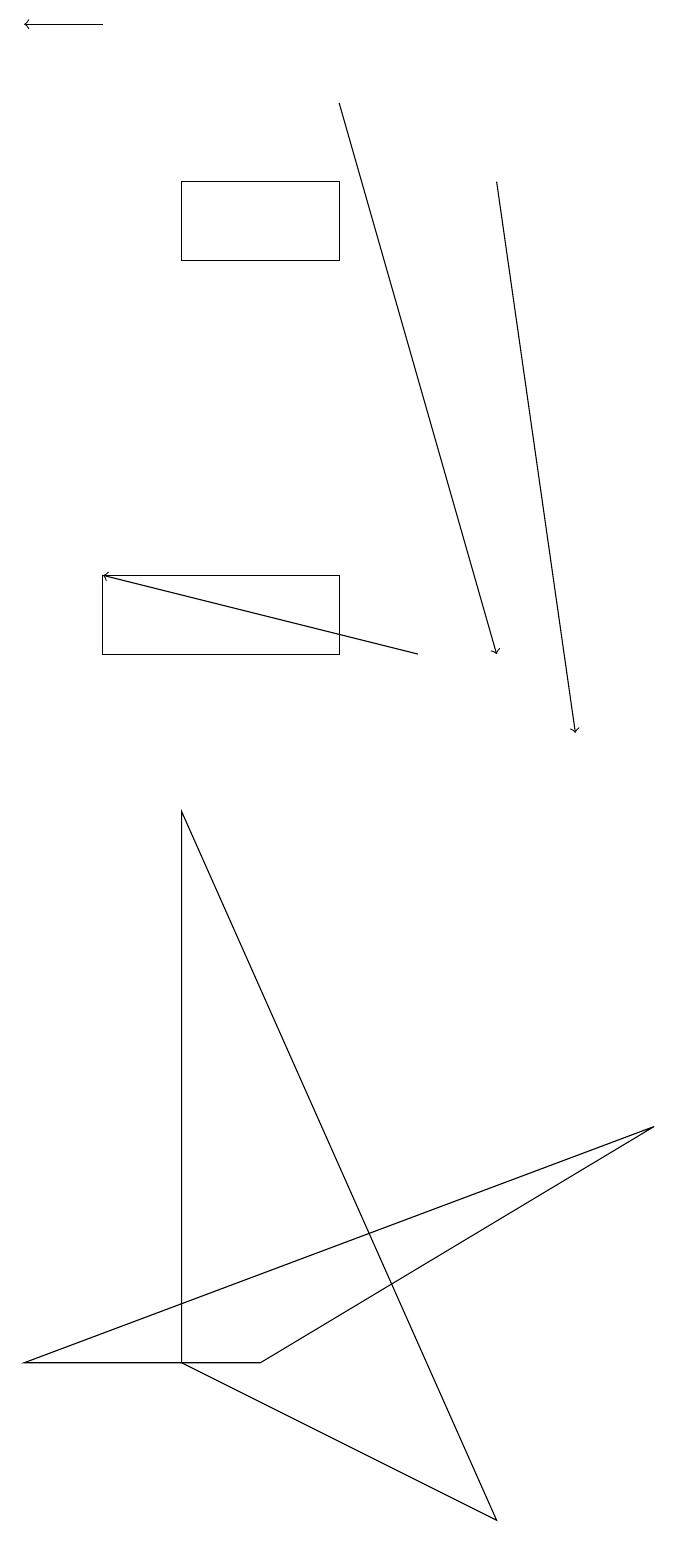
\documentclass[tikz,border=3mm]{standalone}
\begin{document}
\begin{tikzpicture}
\draw[->] (6,17) -- (7,10);
\draw[->] (1,19) -- (0,19);
\draw (6,0) -- (2,2) -- (2,9) -- cycle;
\draw (4,16) rectangle (2,17);
\draw[->] (4,18) -- (6,11);
\draw (4,12) rectangle (1,11);
\draw[->] (5,11) -- (1,12);
\draw (8,5) -- (3,2) -- (0,2) -- cycle;
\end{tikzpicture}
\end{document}